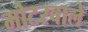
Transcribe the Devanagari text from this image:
मोटरवाले